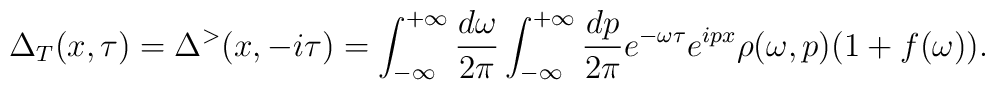
\Delta_T (x,\tau) = \Delta^> (x,-i\tau)= \int_{-\infty}^{+\infty} \frac{d\omega}{2\pi} \int_{-\infty}^{+\infty} \frac{d p}{2\pi} e^{-\omega \tau} e^{i px} \rho(\omega,p)(1+f(\omega)).